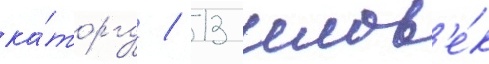
ка́торгу / 13 челов'е́к